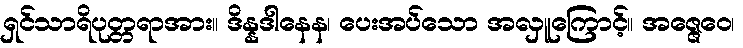
ရှင်သာရိပုတ္တရာအား။ ဒိန္နဒါနေန၊ ပေးအပ်သော အလှူကြောင့်။ အဇ္ဇေဝေ၊